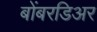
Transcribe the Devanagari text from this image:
बोंबरडिअर